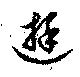
遊